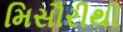
મિસૌરીથી